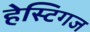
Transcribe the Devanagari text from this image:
हेस्टिगज